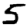
Digit: 5